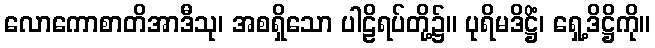
လောကောစာတိအာဒီသု၊ အစရှိသော ပါဠိရပ်တို့၌။ ပုရိမဒိဋ္ဌိံ၊ ရှေ့ဒိဋ္ဌိကို။